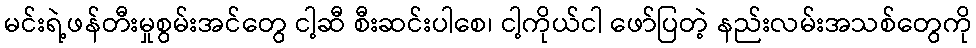
မင်းရဲ့ဖန်တီးမှုစွမ်းအင်တွေ ငါ့ဆီ စီးဆင်းပါစေ၊ ငါ့ကိုယ်ငါ ဖော်ပြတဲ့ နည်းလမ်းအသစ်တွေကို